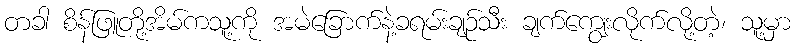
တခါ စိန်ဖြူတို့အိမ်ကသူ့ကို အမဲခြောက်နဲ့ခရမ်းချဉ်သီး ချက်ကျွေးလိုက်လို့တဲ့၊ သူ့မှာ